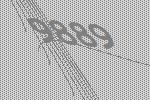
9889